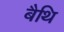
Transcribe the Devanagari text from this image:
बैथि